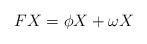
LaTeX: \begin{align*} FX=\phi X+\omega X\end{align*}